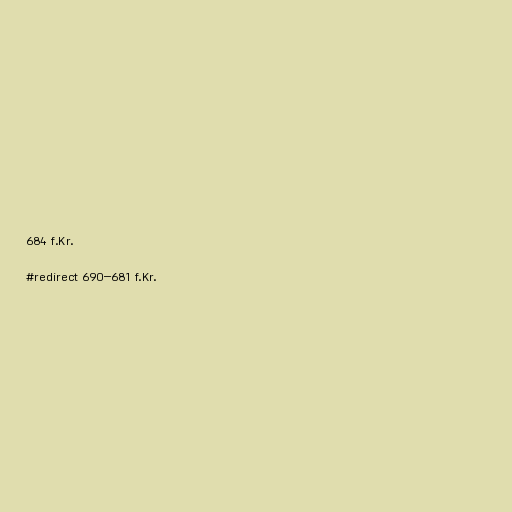
684 f.Kr.

#redirect 690–681 f.Kr.